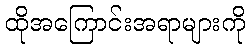
ထိုအကြောင်းအရာများကို